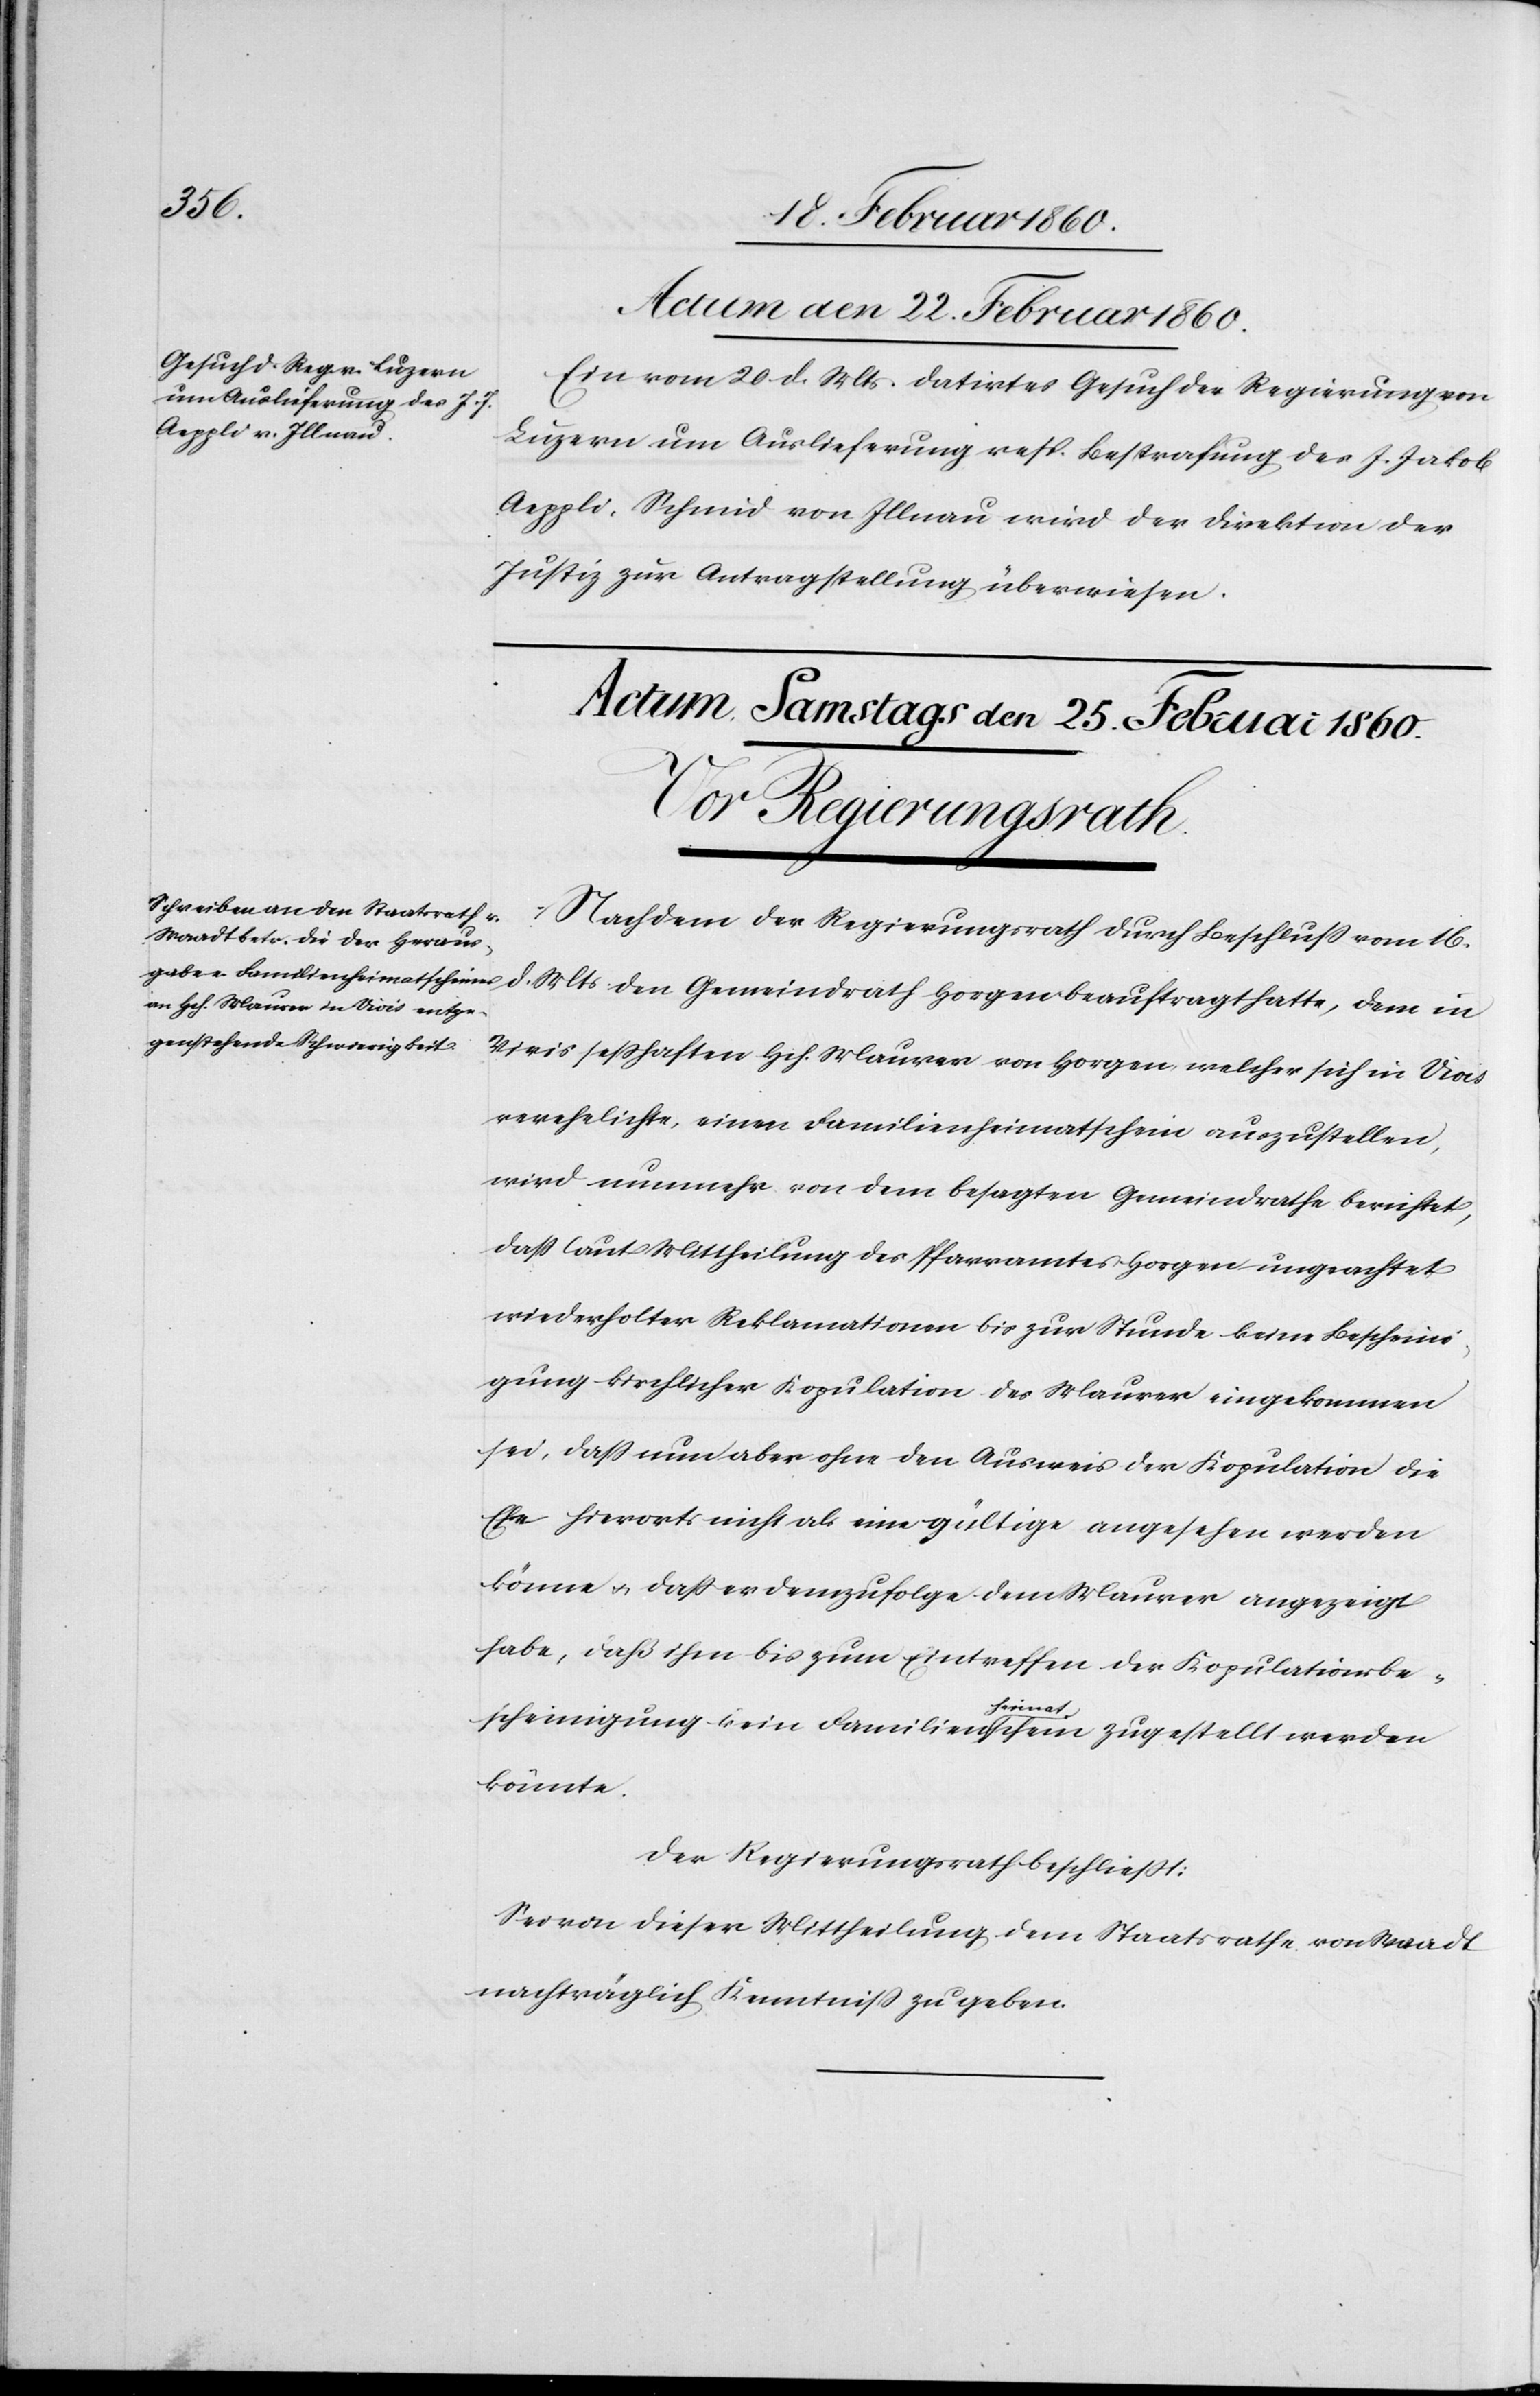
Actum den 22. Februar 1860.
Ein vom 20. d. Mts. datirtes Gesuch der Regierung von
Luzern um Auslieferung resp. Bestrafung des J. Jakob
Aeppli, Schmid von Illnau wird der Direktion der
Justiz zur Antragstellung überwiesen.
Nachdem der Regierungsrath durch Beschluß vom 16.
Vivis sesshaften Hch. Maurer von Horgen welcher sich in Vivis
verehelichte, einen Familienheimatschein auszustellen,
wird nunmehr von dem besagten Gemeindrathe berichtet,
dass laut Mittheilung des Pfarramtes Horgen ungeachtet
wiederholter Reklamationen bis zur Stunde keine Bescheini¬
gung kirchlicher Kopulation des Maurer eingekommen
sei, dass nun aber ohne des Ausweis der Kopulation die
Ehe hierorts nicht als eine gültige angesehen werden
könne u. dass er demzufolge dem Maurer angezeigt
habe, dass ihm bis zum Eintreffen der Kopulationsbe¬
den
in
scheinigung kein Familienheimatschein zugestellt werden
könnte.
Der Regierungsrath beschliesst:
Sei von dieser Mittheilung dem Staatsrathe von Waadt
nachträglich Kenntniß zu geben.